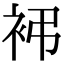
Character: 䘟